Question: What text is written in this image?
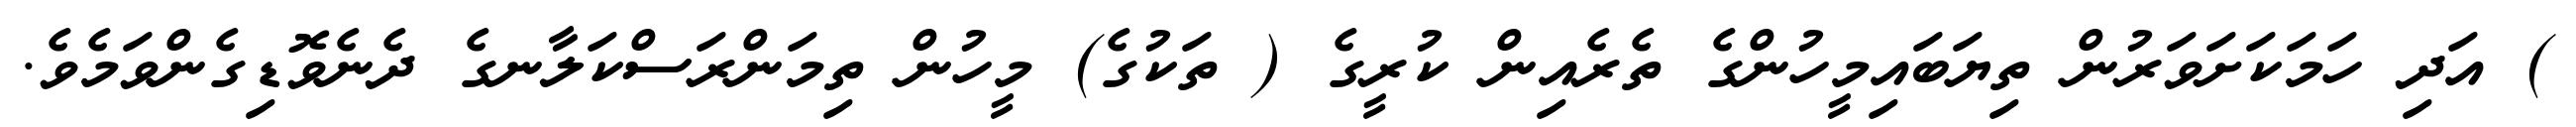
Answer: ) އަދި ހަމަކަށަވަރުން ތިޔަބައިމީހުންގެ ތެރެއިން ކުރީގެ ( ތަކުގެ) މީހުން ތިމަންރަސްކަލާނގެ ދެނެވޮޑިގެންވަމެވެ.